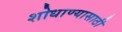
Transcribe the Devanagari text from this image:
शोधाण्यासाठी